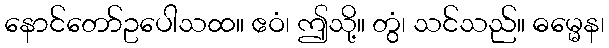
နောင်တော်ဥပေါသထ။ ဧဝံ၊ ဤသို့။ တွံ၊ သင်သည်။ ဓမ္မေန၊